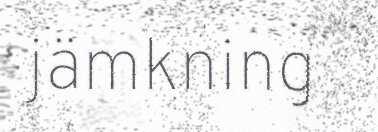
jämkning